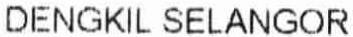
DENGKIL SELANGOR